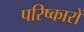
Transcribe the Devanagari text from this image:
परिष्कारों